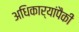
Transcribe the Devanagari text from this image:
अधिकार्‍यांपैकी